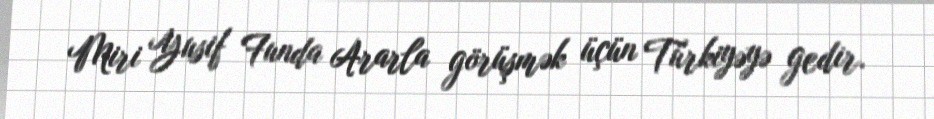
Miri Yusif Funda Ararla görüşmək üçün Türkiyəyə gedir.